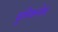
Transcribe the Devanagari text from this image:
यूनिकनेस